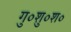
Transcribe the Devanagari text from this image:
गु०शु०श०